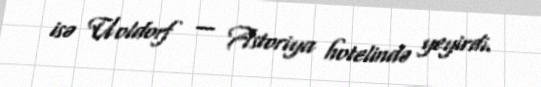
isə Uoldorf — Astoriya hotelində yeyirdi.